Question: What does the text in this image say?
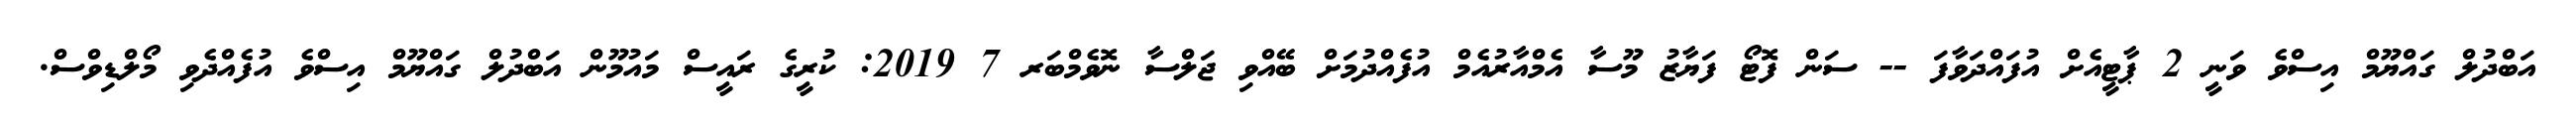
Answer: އަބްދުލް ގައްޔޫމް އިސްވެ ވަނީ 2 ޕާޓީއެށް އުފައްދަވާފަ -- ސަން ފޮޓޯ ފަޔާޒު މޫސާ އެމްއާރުއެމް އުފެއްދުމަށް ބޭއްވި ޖަލްސާ ނޮވެމްބަރ 7 2019: ކުރީގެ ރައީސް މައުމޫން އަބްދުލް ގައްޔޫމް އިސްވެ އުފެއްދެވި މޯލްޑިވްސް.